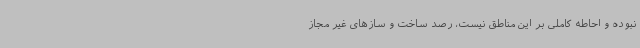
نبوده و احاطه کاملی بر این مناطق نیست، رصد ساخت و سازهای غیر مجاز